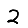
Digit: 2